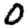
Digit: 0